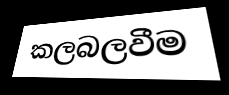
කලබලවීම